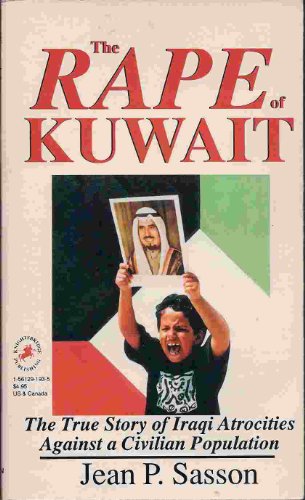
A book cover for The Rape of Kuwait: The True Story of Iraqi Atrocities Against a Civilian Population; Jean P. Sasson; History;